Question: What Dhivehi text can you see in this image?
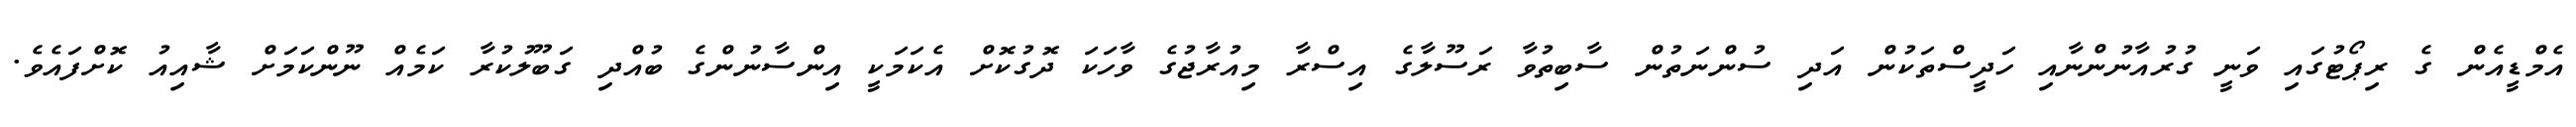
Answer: އެމްޑީއެން ގެ ރިޕޯޓުގައި ވަނީ ގުރުއާނުންނާއި ހަދީސްތަކުން އަދި ސުންނަތުން ސާބިތުވާ ރަސޫލާގެ އިސްރާ މިއުރާޖުގެ ވާހަކަ ދޮގުކޮށް އެކަމަކީ އިންސާނުންގެ ބުއްދި ގަބޫލުކުރާ ކަމެއް ނޫންކަމަށް ޝާއިއު ކޮށްފައެވެ.